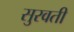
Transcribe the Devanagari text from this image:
सुरवती